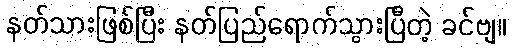
နတ်သားဖြစ်ပြီး နတ်ပြည်ရောက်သွားပြီတဲ့ ခင်ဗျ။